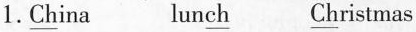
1.\underline{Ch}ina lun\underline{ch} \underline{Ch}ristmas